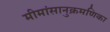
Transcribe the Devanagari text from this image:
मीमांसानुक्रमणिका